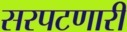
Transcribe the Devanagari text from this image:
सरपटणारी